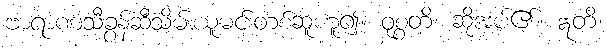
ဗာရာဏသီခွန်ဆီသိမ်းယူမင်းတစ်ဆူဟူ၍။ ဝုစ္စတိ၊ ဆိုအပ်၏။ ဣတိ၊